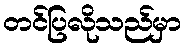
တင်ပြလိုသည်မှာ